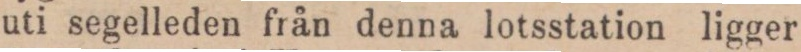
uti segelleden från denna lotsstation ligger